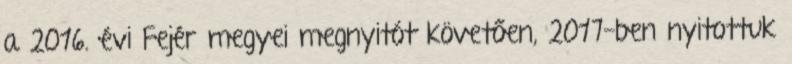
a 2016. évi Fejér megyei megnyitót követően, 2017-ben nyitottuk